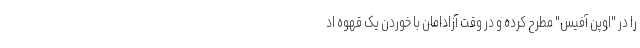
را در "اوپن آفیس" مطرح کرده و در وقت آزادامان با خوردن یک قهوه اد